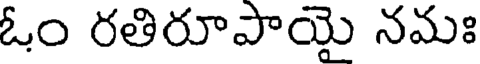
ఓం రతిరూపాయై నమః